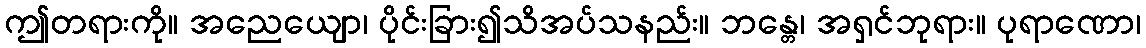
ဤတရားကို။ အညေယျော၊ ပိုင်းခြား၍သိအပ်သနည်း။ ဘန္တေ၊ အရှင်ဘုရား။ ပုရာဏော၊